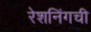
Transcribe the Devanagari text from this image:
रेशनिंगची